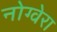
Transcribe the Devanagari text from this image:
नोग्वेरा